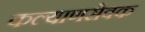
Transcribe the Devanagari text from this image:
कल्याणसेवक